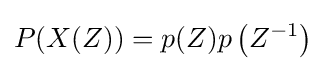
P(X(Z))=p(Z)p\left(Z^{-1}\right)